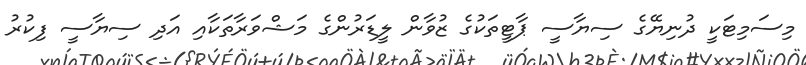
މިސަމިޓަކީ ދުނިޔޭގެ ސިޔާސީ ޕާޓީތަކުގެ ޒުވާން ލީޑަރުންގެ މަޝްވަރާތަކާއި އަދި ސިޔާސީ ފިކުރު